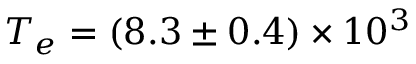
T _ { e } = ( 8 . 3 \pm 0 . 4 ) \times 1 0 ^ { 3 }